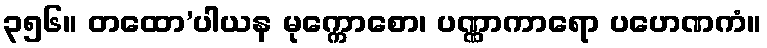
၃၅၆။ တထော’ပါယန မုက္ကောစော၊ ပဏ္ဏာကာရော ပဟေဏကံ။